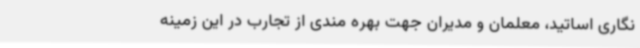
نگاری اساتید، معلمان و مدیران جهت بهره مندی از تجارب در این زمینه